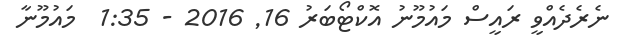
ނެރެދެއްވީ ރައީސް މައުމޫނު އޮކްޓޯބަރު 16